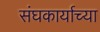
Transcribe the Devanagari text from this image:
संघकार्याच्या